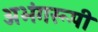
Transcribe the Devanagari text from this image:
अभंगरूपी